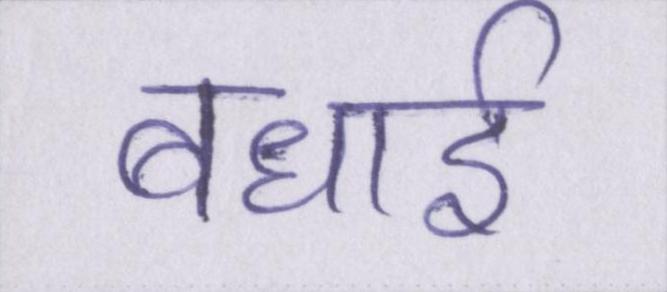
बधाई